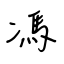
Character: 馮